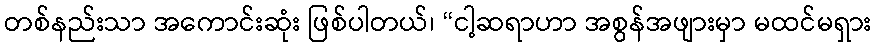
တစ်နည်းသာ အကောင်းဆုံး ဖြစ်ပါတယ်၊ “ငါ့ဆရာဟာ အစွန်အဖျားမှာ မထင်မရှား